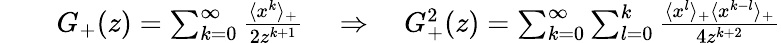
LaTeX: \begin{array}{rlr}&{}&{G_{+}(z)=\sum_{k=0}^{\infty}\frac{\langle x^{k}\rangle_{+}}{2z^{k+1}}\quad\Rightarrow\quad G_{+}^{2}(z)=\sum_{k=0}^{\infty}\sum_{l=0}^{k}\frac{\langle x^{l}\rangle_{+}\langle x^{k-l}\rangle_{+}}{4z^{k+2}}}\end{array}